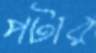
পটার